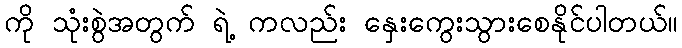
ကို သုံးစွဲအတွက် ရဲ့ ကလည်း နှေးကွေးသွားစေနိုင်ပါတယ်။